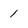
Character: 1